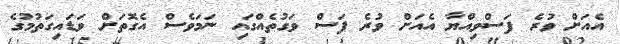
އެއަށް ވުރެ ފަސްވިއްޔާ އެއަށް ވުރެ ފަސް ވަގުތެއްގައި ނަމަވެސް އެގޮތަށް ވަޑައިގަތުމުގެ